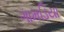
ગામડિયા